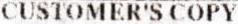
CUSTOMER'S COPY